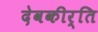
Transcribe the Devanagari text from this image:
देवकीर्ति